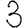
Digit: 3